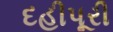
દહીપૂરી